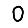
Digit: 0